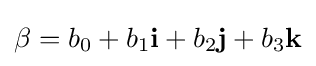
\beta =b_{0}+b_{1}\mathbf {i} +b_{2}\mathbf {j} +b_{3}\mathbf {k}